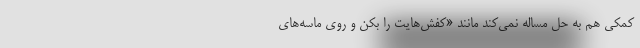
کمکی هم به حل مساله نمی‌کند مانند «کفش‌هایت را بکن و روی ماسه‌های